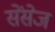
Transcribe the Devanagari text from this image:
सेंसेज